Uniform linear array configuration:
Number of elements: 64
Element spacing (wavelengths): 0.5
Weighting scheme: hamming
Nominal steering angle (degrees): -15
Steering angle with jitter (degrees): -13.904
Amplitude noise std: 0.05
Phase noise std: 0.05

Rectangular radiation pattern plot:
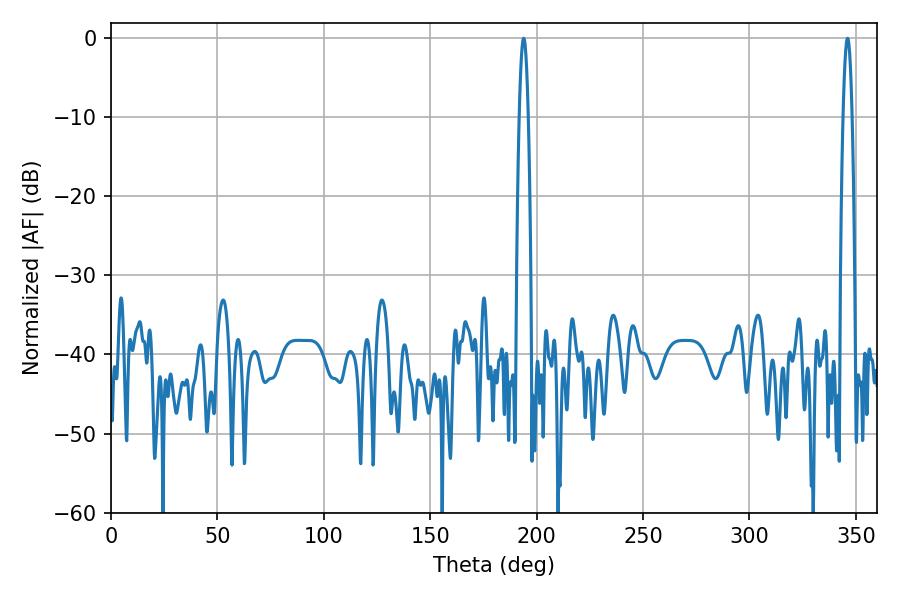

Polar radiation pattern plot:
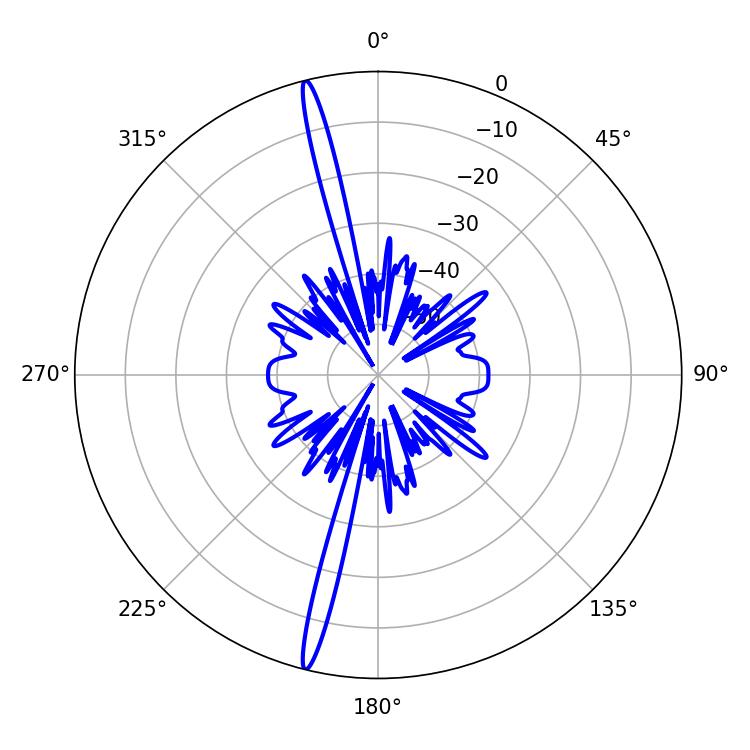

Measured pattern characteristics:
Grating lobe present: FALSE
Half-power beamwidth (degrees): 2.34
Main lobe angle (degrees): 193.86